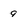
Character: 9